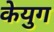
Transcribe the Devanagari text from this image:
केयुग